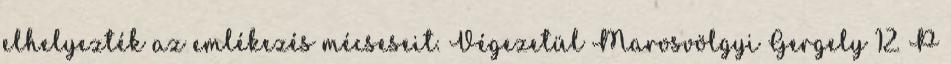
elhelyezték az emlékezés mécseseit. Végezetül Marosvölgyi Gergely 12. P